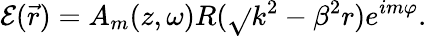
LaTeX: \mathcal{E}(\vec{{r}})=A_{m}(z,\omega)R(\sqrt{}{{k^{2}-\beta^{2}}}r)e^{im\varphi}.